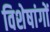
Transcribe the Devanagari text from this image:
विशेषांगों